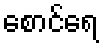
စောင်ရေ